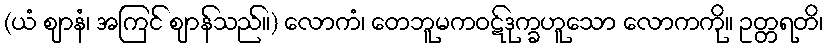
(ယံ ဈာနံ၊ အကြင် ဈာန်သည်။) လောကံ၊ တေဘူမကဝဋ်ဒုက္ခဟူသော လောကကို။ ဥတ္တရတိ၊